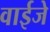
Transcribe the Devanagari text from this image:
वाईजे